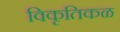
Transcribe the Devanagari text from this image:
विकृतिकळ